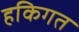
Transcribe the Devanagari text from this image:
हकिगत